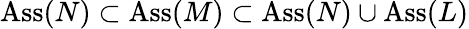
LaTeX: \operatorname{Ass}(N)\subset\operatorname{Ass}(M)\subset\operatorname{Ass}(N)\cup\operatorname{Ass}(L)